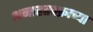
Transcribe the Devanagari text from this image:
अनाहतचक्राच्या